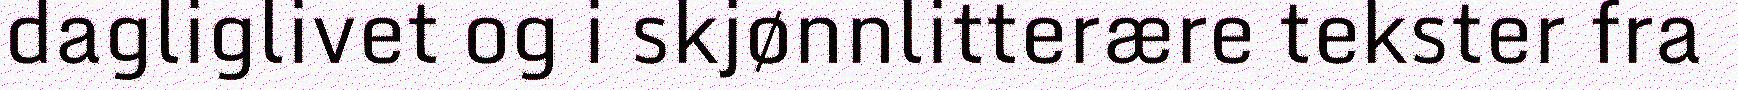
dagliglivet og i skjønnlitterære tekster fra